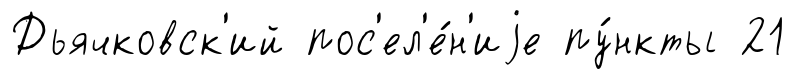
Дьячковск'ий пос'ел'е́н'иjе пу́нкты 21